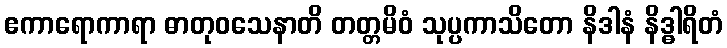
ဧကာရောကာရာ ဓာတုဝသေနာတိ တတ္တမိဝံ သုပ္ပကာသိတော နိဒါနံ နိဒ္ဓါရိတံ